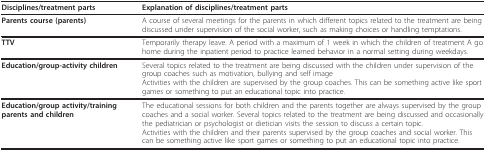
<table><thead><tr><td><b>Disciplines/treatment parts</b></td><td><b>Explanation of disciplines/treatment parts</b></td></tr></thead><tbody><tr><td><b>Parents course (parents)</b></td><td>A course of several meetings for the parents in which different topics related to the treatment are being discussed under supervision of the social worker, such as making choices or handling temptations.</td></tr><tr><td><b>TTV</b></td><td>Temporarily therapy leave. A period with a maximum of 1 week in which the children of treatment A go home during the inpatient period to practice learned behavior in a normal setting during weekdays.</td></tr><tr><td><b>Education/group-activity children</b></td><td>Several topics related to the treatment are being discussed with the children under supervision of the group coaches such as motivation, bullying and self imageActivities with the children are supervised by the group coaches. This can be something active like sport games or something to put an educational topic into practice.</td></tr><tr><td><b>Education/group activity/training parents and children</b></td><td>The educational sessions for both children and the parents together are always supervised by the group coaches and a social worker. Several topics related to the treatment are being discussed and occasionally the pediatrician or psychologist or dietician visits the session to discuss a certain topic.Activities with the children and their parents supervised by the group coaches and social worker. This can be something active like sport games or something to put an educational topic into practice.</td></tr></tbody></table>